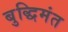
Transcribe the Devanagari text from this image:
बुद्धिमंत